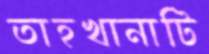
তাহখানাটি